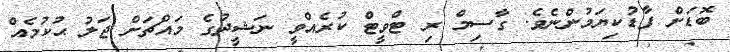
ބޮޑަށް ފާޑުކިޔަމުންނެވެ. ގާސިމް ރި ޓްވީޓް ކުރެއްވީ ނަޝީދުގެ މައްޗަށް ޖަލު ޙުކުމެއް